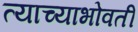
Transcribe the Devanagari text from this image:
त्याच्याभोवतीं